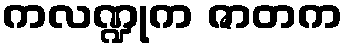
ကလဏ္ဍုက ဇာတက